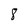
Character: 8